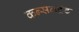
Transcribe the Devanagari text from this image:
कन्सनट्रेट